Leaving Certificate Examination, 1904
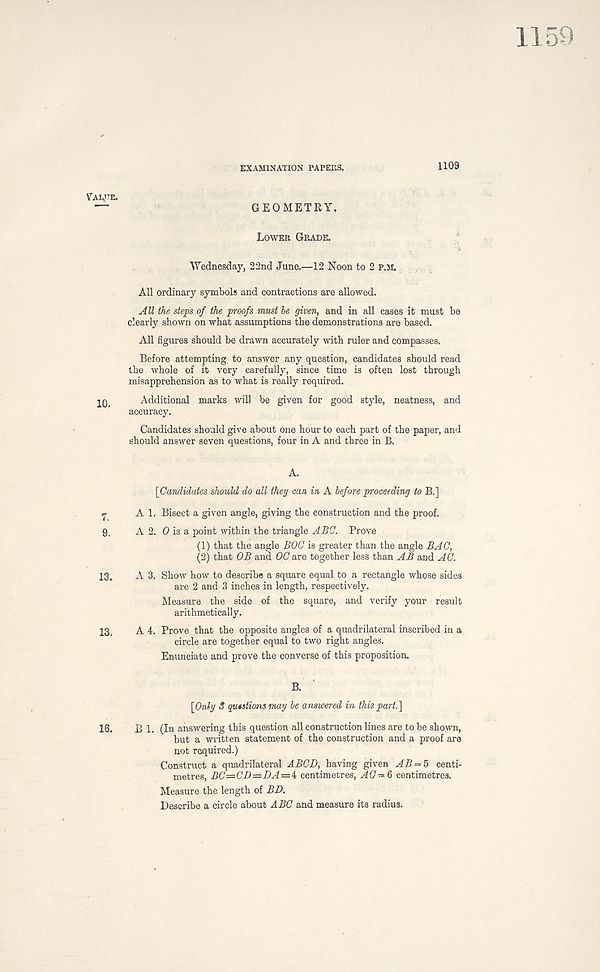
EXAMINATION PAPERS.
1109
Vaute.
GEOMETRY.
Lower Grade.
Wednesday, 22nd June.—12 Noon to 2 p.m.
All ordinary symbols and contractions are allowed.
All the steps of the proofs must be given, and in all cases it must be
clearly shown on what assumptions the demonstrations are based.
All figures should be drawn accurately with ruler and compasses.
Before attempting to answer any question, candidates should read
the whole of it very carefully, since time is often lost through
misapprehension as to what is really required.
Additional marks will be given for good style, neatness, and
accuracy.
Candidates should give about one hour to each part of the paper, and
should answer seven questions, four in A and three in B.
A.
[Candidates should do all they can in A before proceeding to B.]
r A 1. Bisect a given angle, giving the construction and the proof.
9. A 2. 0 is a point within the triangle ABC. Prove
(1) that the angle BOC is greater than the angle BAC,
(2) that OB and OC are together less than AB and AC.
13. A 3. Show how to describe a square equal to a rectangle whose sides
are 2 and 3 inches in length, respectively.
Measure the side of the square, and verify your result
arithmetically.
13. A 4. Prove that the opposite angles of a quadrilateral inscribed in a
circle are together equal to two right angles.
Enunciate and prove the converse of this proposition.
[Only S qutstions may be answered in this part.']
16. B 1. (In answering this question all construction lines are to be shown,
but a written statement of the construction and a proof are
not required.)
Construct a quadrilateral ABCD, having given AB = 5 centi-
metres, BC=CD=DA=i centimetres, AC-aft centimetres.
Measure the length of BD.
Describe a circle about ABC and measure its radius.